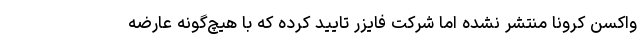
واکسن کرونا منتشر نشده اما شرکت فایزر تایید کرده که با هیچ‌گونه عارضه